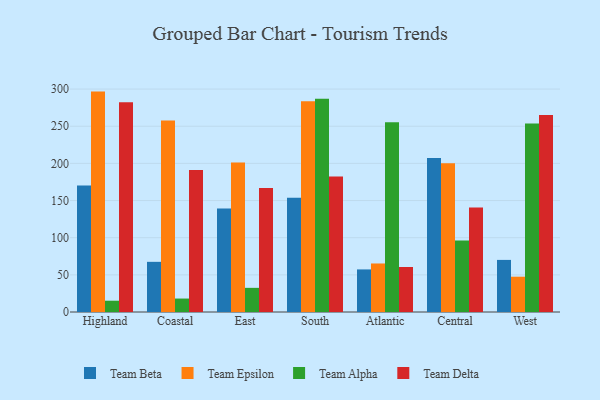
{"axis": {"x": "Region", "y": "Temperature (°C)"}, "legend": ["Team Alpha", "Team Beta", "Team Delta", "Team Epsilon"], "data": [{"x": "Highland", "y": 170.1, "type": "Team Beta"}, {"x": "Highland", "y": 296.6, "type": "Team Epsilon"}, {"x": "Highland", "y": 15.2, "type": "Team Alpha"}, {"x": "Highland", "y": 282.3, "type": "Team Delta"}, {"x": "Coastal", "y": 67.5, "type": "Team Beta"}, {"x": "Coastal", "y": 257.8, "type": "Team Epsilon"}, {"x": "Coastal", "y": 18.1, "type": "Team Alpha"}, {"x": "Coastal", "y": 191.0, "type": "Team Delta"}, {"x": "East", "y": 139.3, "type": "Team Beta"}, {"x": "East", "y": 201.1, "type": "Team Epsilon"}, {"x": "East", "y": 32.5, "type": "Team Alpha"}, {"x": "East", "y": 166.9, "type": "Team Delta"}, {"x": "South", "y": 153.8, "type": "Team Beta"}, {"x": "South", "y": 283.7, "type": "Team Epsilon"}, {"x": "South", "y": 287.1, "type": "Team Alpha"}, {"x": "South", "y": 182.2, "type": "Team Delta"}, {"x": "Atlantic", "y": 57.3, "type": "Team Beta"}, {"x": "Atlantic", "y": 65.3, "type": "Team Epsilon"}, {"x": "Atlantic", "y": 255.5, "type": "Team Alpha"}, {"x": "Atlantic", "y": 60.6, "type": "Team Delta"}, {"x": "Central", "y": 207.2, "type": "Team Beta"}, {"x": "Central", "y": 200.2, "type": "Team Epsilon"}, {"x": "Central", "y": 96.1, "type": "Team Alpha"}, {"x": "Central", "y": 140.6, "type": "Team Delta"}, {"x": "West", "y": 70.1, "type": "Team Beta"}, {"x": "West", "y": 47.5, "type": "Team Epsilon"}, {"x": "West", "y": 253.7, "type": "Team Alpha"}, {"x": "West", "y": 265.0, "type": "Team Delta"}]}